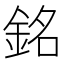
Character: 銘